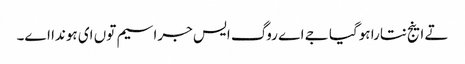
تے اینج نتارا ہوگیا جے اے روگ ایس جراسیم توں ای ہوندا اے۔